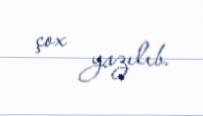
çox yazılıb.